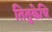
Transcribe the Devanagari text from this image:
तितुकेचि